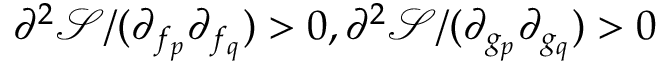
\partial ^ { 2 } \mathcal { S } / ( \partial _ { f _ { p } } \partial _ { f _ { q } } ) > 0 , \partial ^ { 2 } \mathcal { S } / ( \partial _ { g _ { p } } \partial _ { g _ { q } } ) > 0